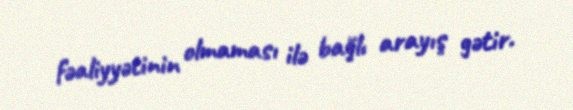
fəaliyyətinin olmaması ilə bağlı arayış gətir.